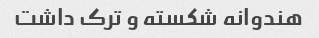
هندوانه شکسته و ترک داشت